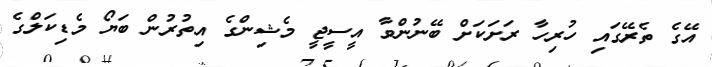
އޭގެ ތެރޭގައި ހުރިހާ ރަށަކަށް ބޭނުންވާ އީސީޖީ މެޝިންގެ އިތުރުން ބަޔޯ މެޑިކަލްގެ